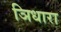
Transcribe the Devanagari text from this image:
ञिधारा